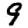
Digit: 9